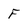
Character: F